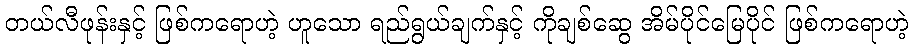
တယ်လီဖုန်းနှင့် ဖြစ်ကရောဟဲ့ ဟူသော ရည်ရွယ်ချက်နှင့် ကိုချစ်ဆွေ အိမ်ပိုင်မြေပိုင် ဖြစ်ကရောဟဲ့